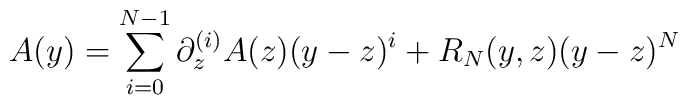
A(y) = \sum_{i=0}^{N-1}\partial^{(i)}_z A(z)(y-z)^i+ R_N(y,z)(y-z)^N